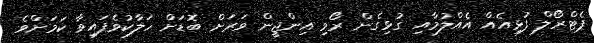
ޕެޓްރޯލް ފުޅިއެއް އެއްލުމާއި ގުޅިގެން ރޯވި އިންޖީން ވަރަށް ބޮޑަށް ހަލާކުވެފައިވާ ކަމަށްވެ